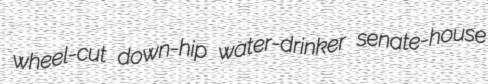
wheel-cut down-hip water-drinker senate-house